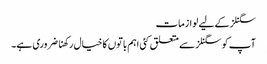
سگنلز کے لیے لوازمات
آپ کو سگنلز سے متعلق کئی اہم باتوں کا خیال رکھنا ضروری ہے۔